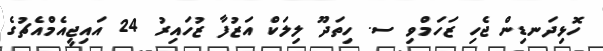
ހޮޅިދަނޑިން ޖެހި ޒަހަމްވި ސ. ހިތަދޫ ލިލަކް އަޒުފާ ޒުހައިރު 24 އައިޖީއެމްއެޗުގެ